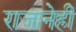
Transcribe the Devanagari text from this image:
राजानेही